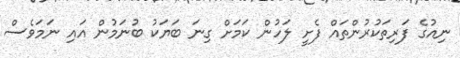
ނިއުގެ ފަރިތަކުރުންތައް ފެށީ ލަހުން ކަމަށް ގިނަ ބަޔަކު ބުނަމުން އައި ނަމަވެސް